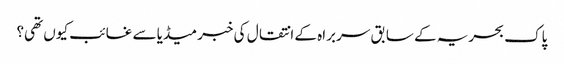
پاک بحریہ کے سابق سربراہ کے انتقال کی خبر میڈیا سے غائب کیوں تھی؟